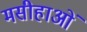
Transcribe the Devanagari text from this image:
मसीहाओं